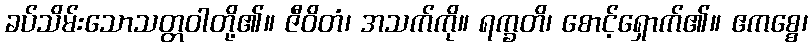
ခပ်သိမ်းသောသတ္တဝါတို့၏။ ဇီဝိတံ၊ အသက်ကို။ ရက္ခတိ၊ စောင့်ရှောက်၏။ ဧကစ္စေ၊